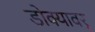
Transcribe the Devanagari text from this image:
डोक्यावर्